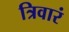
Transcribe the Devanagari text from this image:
त्रिवारं